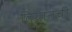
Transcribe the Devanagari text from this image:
तियानची